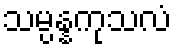
သမ္ပန္နကုသလံ